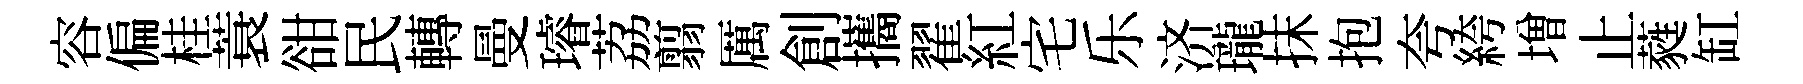
容偏桂蓑𧮳民轉曼璿荔翦厲創攜翟紅宅乐济瓏抹抱夸絝増止蕤缸